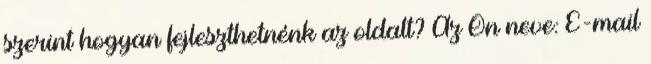
szerint hogyan fejleszthetnénk az oldalt? Az Ön neve: E-mail